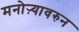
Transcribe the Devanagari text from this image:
मनोऱ्यावरुन